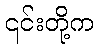
၎င်းတို့က